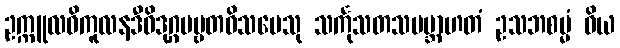
ဥက္ကူလဝိကူလနဒီဝိဒုဂ္ဂပဗ္ဗတဝိသမေသု သင်္ကုသတသမဗ္ဘာဟတံ ဥသဘစမ္မံ ဝိယ